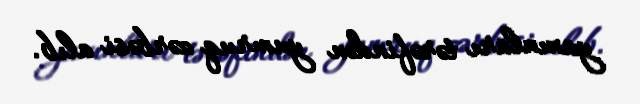
yaxınları tərəfindən yumruq zərbəsi alıb.